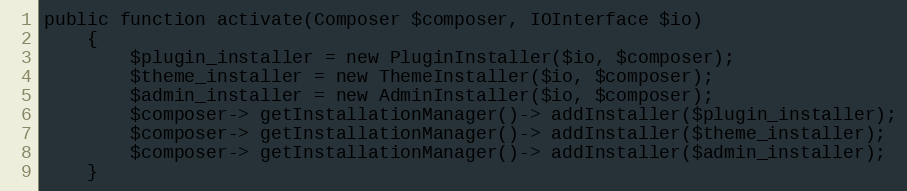
Language: PHP
public function activate(Composer $composer, IOInterface $io)
    {
        $plugin_installer = new PluginInstaller($io, $composer);
        $theme_installer = new ThemeInstaller($io, $composer);
        $admin_installer = new AdminInstaller($io, $composer);
        $composer-> getInstallationManager()-> addInstaller($plugin_installer);
        $composer-> getInstallationManager()-> addInstaller($theme_installer);
        $composer-> getInstallationManager()-> addInstaller($admin_installer);
    }